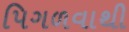
પિગળવાથી